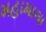
મહામાલા